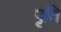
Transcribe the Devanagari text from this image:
पृति